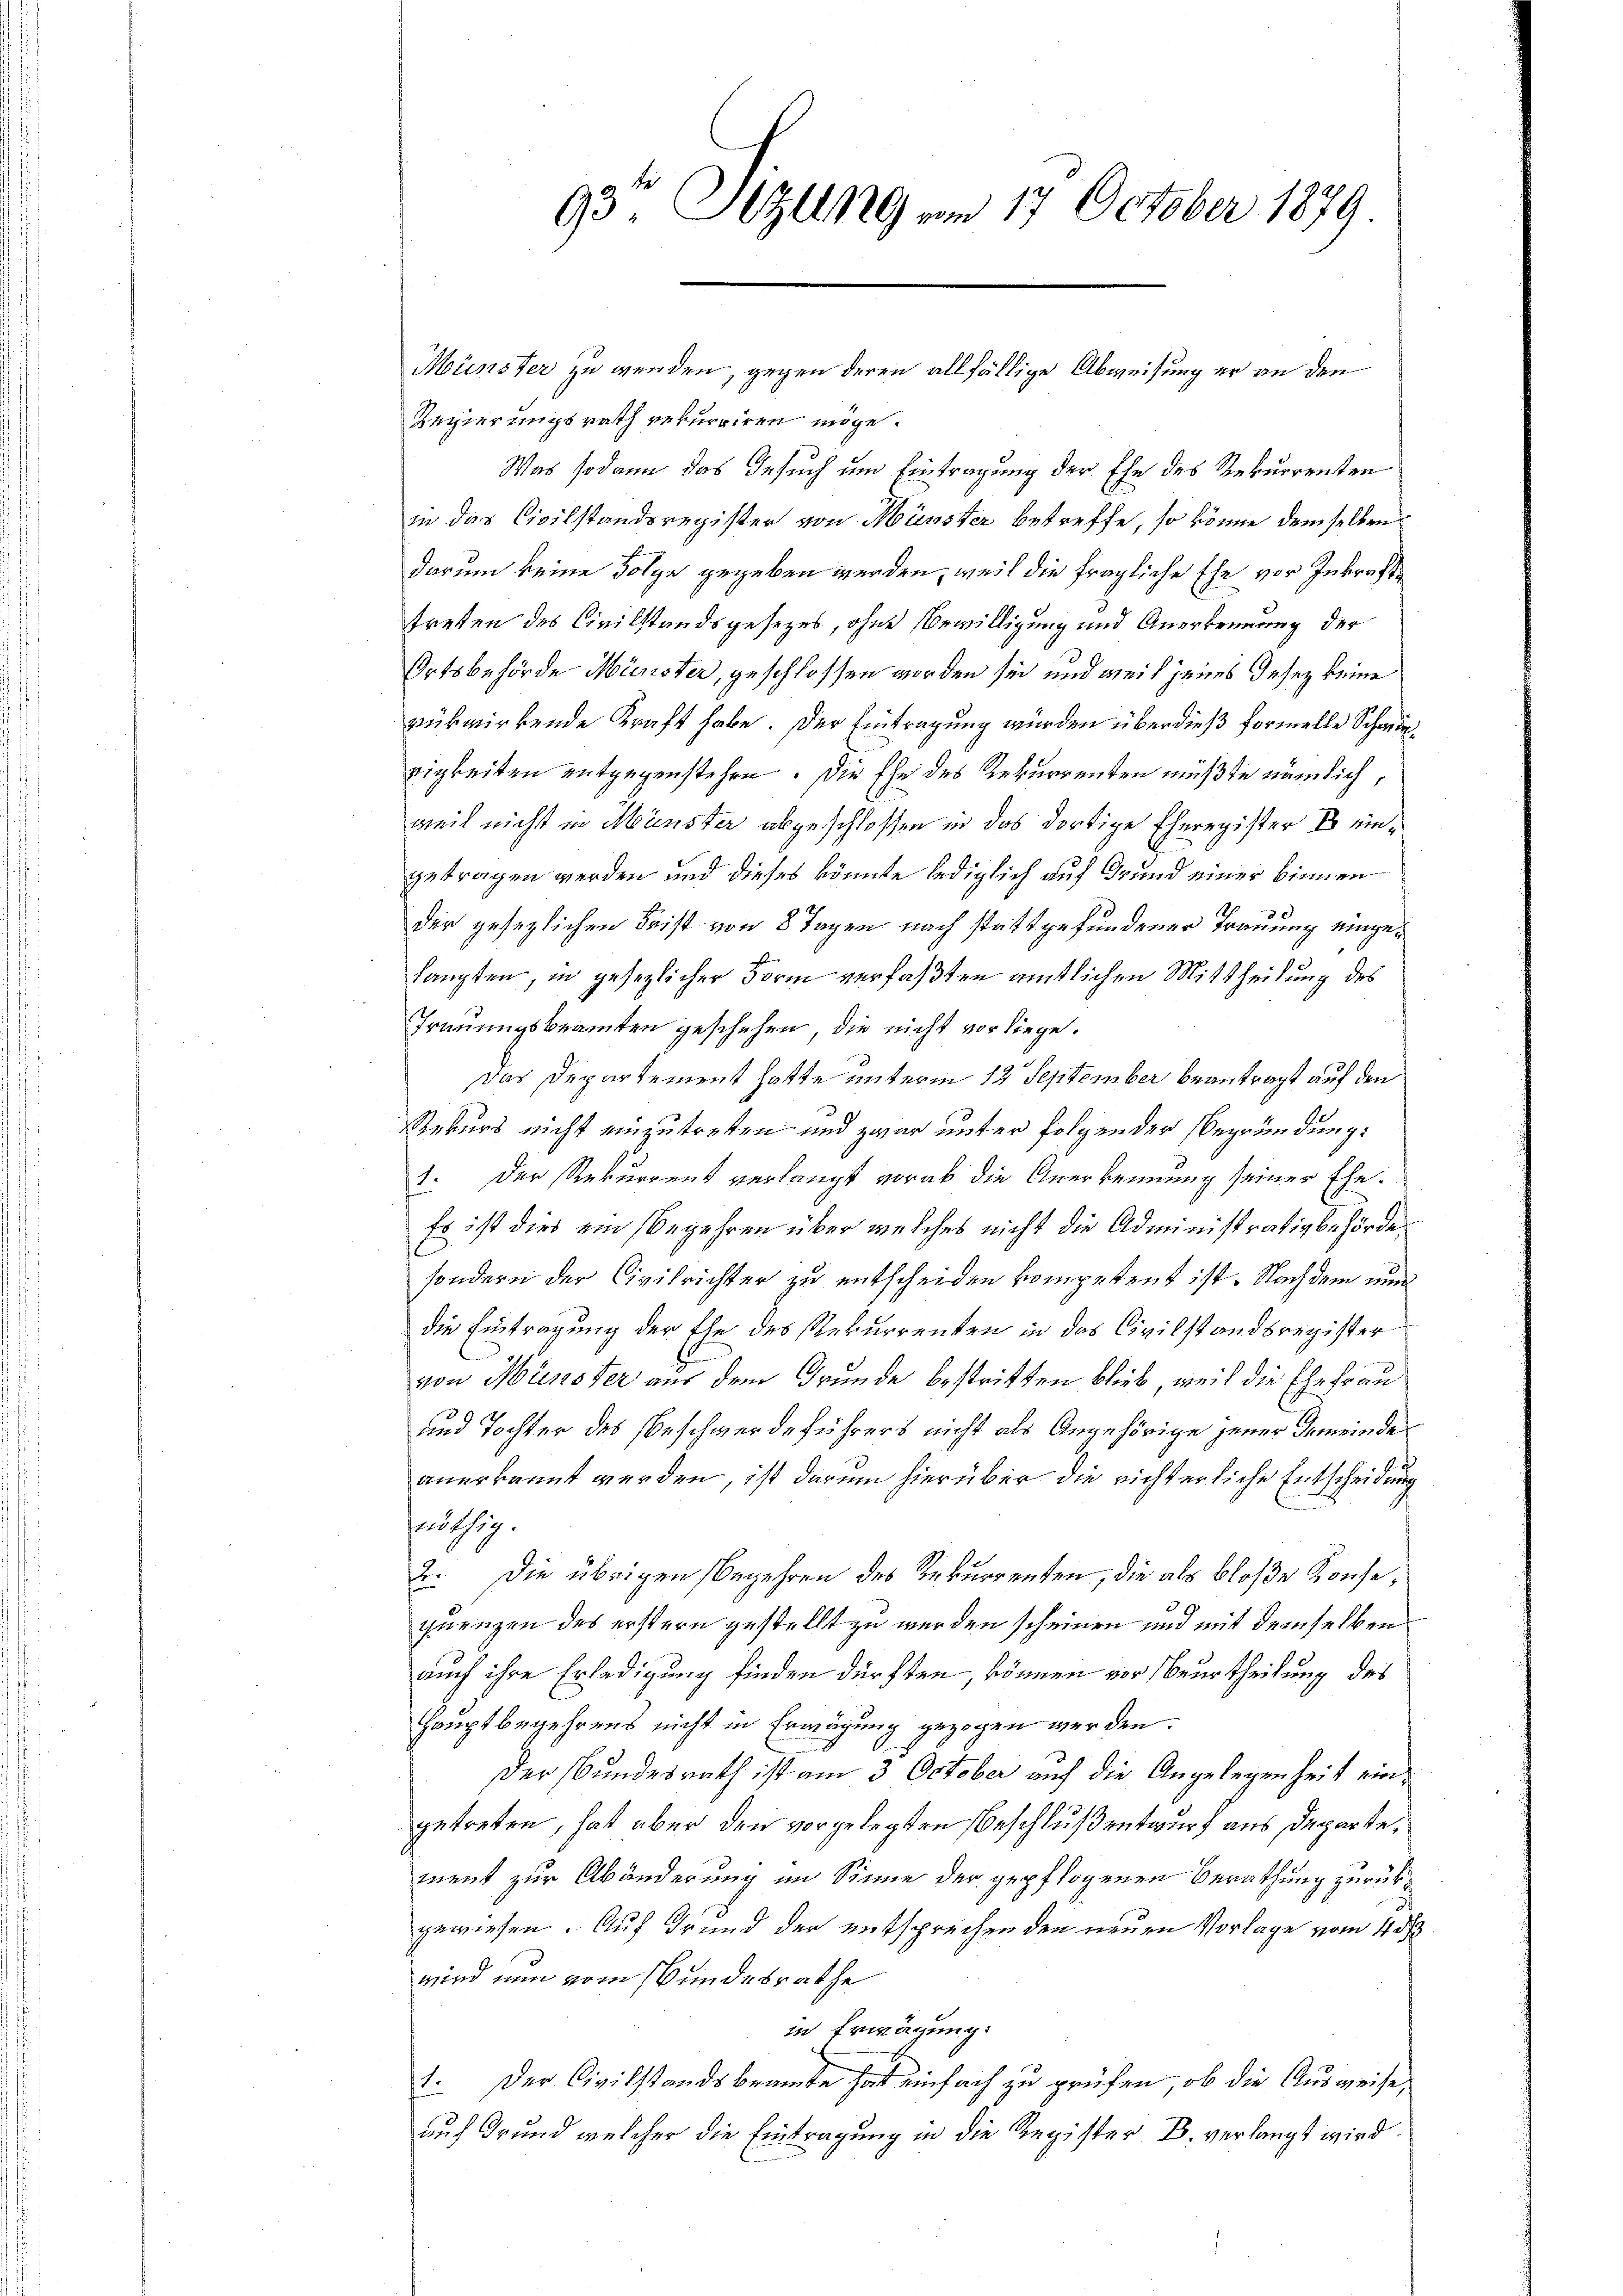
Regierungsrath rekurriren möge.
Was sodann das Gesuch um Eintragung der Ehe des Rekurrenten
in das Civilstandsregister von Münster betreffe, so könne demselben
darum keine Folge gegeben werden, weil die fragliche Ehe vor Inkrafttreten des Civilstandsgesezes, ohne Bewilligung und Anerkennung der
Ortsbehörde Münster, geschlossen worden sei und weil jenes Gesez keine
rükwirkende Kraft habe. Der Eintragung würden überdieß formelle Schwiezigkeiten entgegenstehen. Die Ehe des Rekurrenten müßte nämlich,
weil nicht in Münster abgeschlossen in das dortige Eheregister Er eingetragen werden und dieses könnte lediglich auf Grund einer binnen
der gesezlichen Frist von 8 Tagen nach stattgefundener Trauung eingehaupten, in gesezlicher Form verfaßten amtlichen Mittheilung des
Trauungsbeamten geschehen, die nicht vorliege.
Das Departement hatte unterm 12 September beantragt auf den
Rekurs nicht einzutreten und zwar unter folgender Begründung:
1. Der Rekurrent verlangt vorab die Anerkennung seiner Ehe¬
Es ist dies ein Begehren über welches nicht die Administrativbehörde,
sondern der Civilrichter zu entscheiden kompetent ist. Nach dem nun
die Eintragung der Ehe des Rekurrenten in das Civilstandsregister
von Münster aus dem Grunde bestritten blieb, weil die Ehefrau
und Tochter des beschwerdeführers nicht als Angehörige jener Gemeinde
anerkannt werden, ist darum hierüber die richterliche Entscheidung
nöthig.
2. Die übrigen Begehren des Rekurrenten, die als bloße Konse,
quenzen des erstern gestellt zu werden scheinen und mit demselben
auch ihre Erledigung finden dürften, können vor Beurtheilung des
Hauptbegehrens nicht in Erwägung gezogen werden.
Der Bundesrath ist am 3 October auf die Angelegenheit eingetreten, hat aber den vorgelegten Beschluß entwurf aus Departe,
ment zur Abänderung im Sinne der gepflogenen Berathung zurückgewiesen. Auf Grund der entsprechenden neuen Vorlage vom 4 d
wird nun vom Bundesrathe
in Erwägung.
1. Der Civilstandsbeamte hat einfach zu prüfen, ob die Ausweise,
auf Grund welcher die Eintragung in die Register B. verlangt wird

93te Sitzung am 17. October 1879.

Münster zu wenden, gegen deren allfällige Abweisung er an den